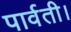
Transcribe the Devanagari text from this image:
पार्वती।